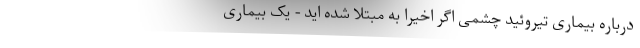
درباره بیماری تیروئید چشمی اگر اخیرا به مبتلا شده اید - یک بیماری